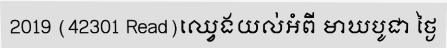
2019 (42301 Read)ឈ្វេងយល់អំពី មាឃបូជា ថ្ងៃ